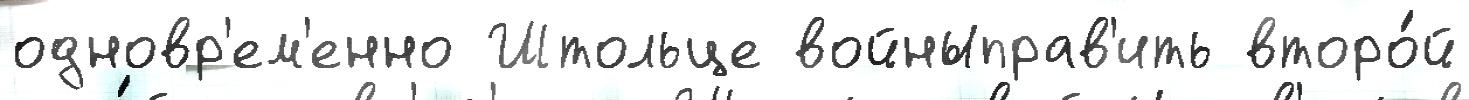
одновр'ем'енно Штольце войныправ'ить второ́й